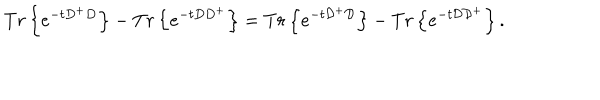
LaTeX: T r \left\{ e ^ { - t D ^ { + } D } \right\} - T r \left\{ e ^ { - t D D ^ { + } } \right\} = T r \left\{ e ^ { - t { \cal D ^ { + } D } } \right\} - T r \left\{ e ^ { - t { \cal D D } ^ { + } } \right\} .